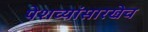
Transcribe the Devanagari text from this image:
पेशव्यांसारखेच